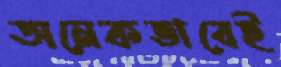
অনেকভাবেই